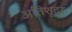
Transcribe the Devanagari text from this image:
अतिशूद्र